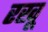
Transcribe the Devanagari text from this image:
रखू